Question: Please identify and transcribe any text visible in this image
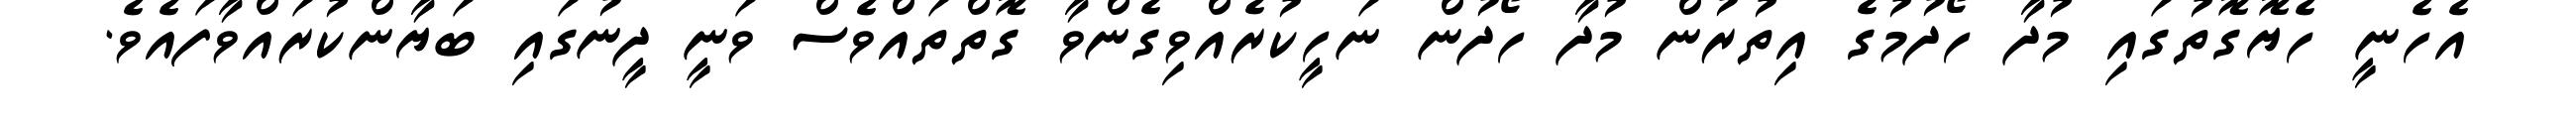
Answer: އެހެނީ ހެޔޮގޮތުގައި މުދާ ހޯދުމުގެ އިތުރުން މުދާ ހޯދުން ނަހީކުރެއްވިގެންވާ ގޮތްތައްވެސް ވަނީ ދީނުގައި ބަޔާންކުރައްވާފައެވެ.